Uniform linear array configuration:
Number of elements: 8
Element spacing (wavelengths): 0.75
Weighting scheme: hann
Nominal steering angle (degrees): -30
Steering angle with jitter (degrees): -28.996
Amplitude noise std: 0.05
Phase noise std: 0.05

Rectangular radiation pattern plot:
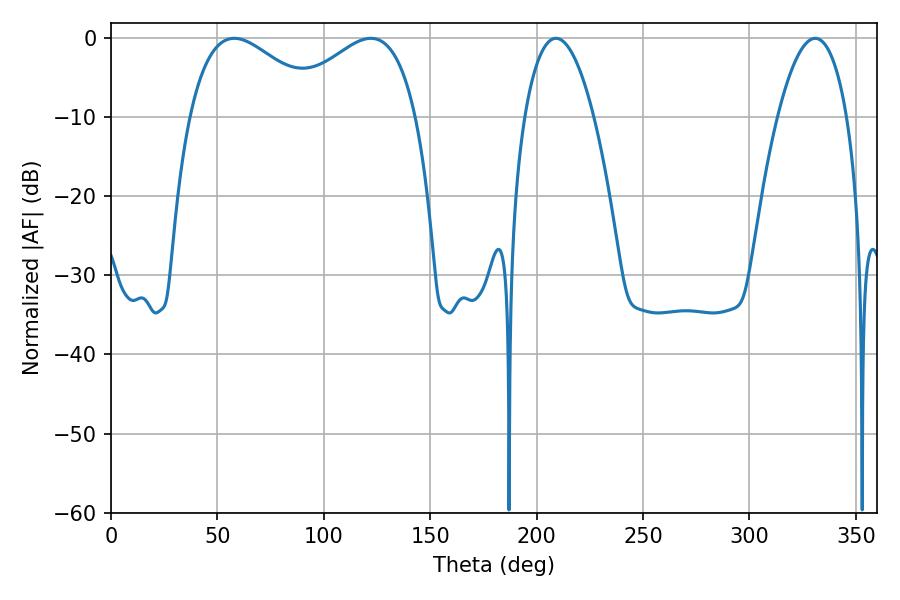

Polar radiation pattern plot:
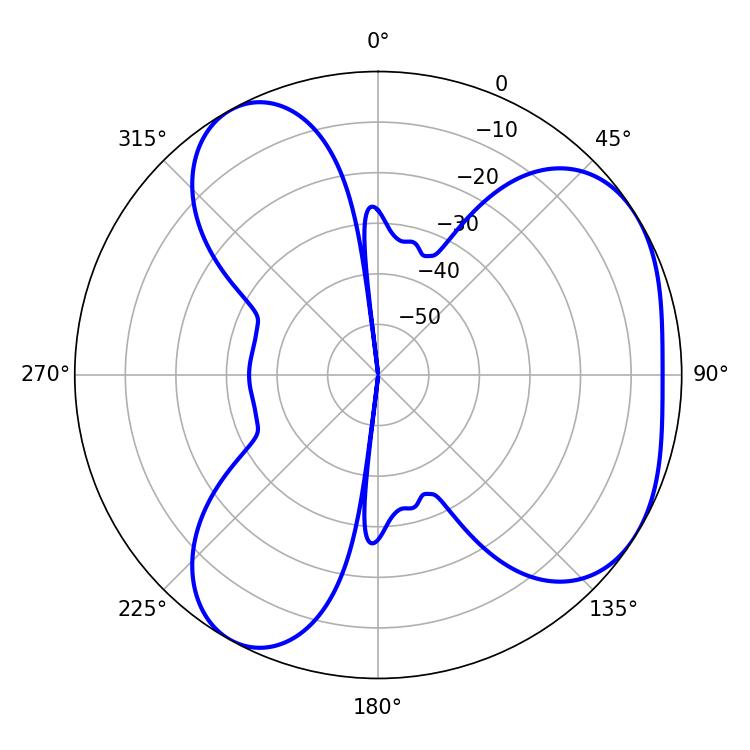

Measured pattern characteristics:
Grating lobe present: TRUE
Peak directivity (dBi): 4.496
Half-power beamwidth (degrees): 34.56
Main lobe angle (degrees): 57.96